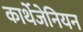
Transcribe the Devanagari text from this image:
कार्थेजेनियन